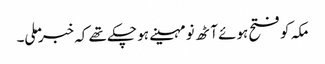
مکہ کو فتح ہوئے آٹھ نو مہینے ہو چکے تھے کہ خبر ملی۔